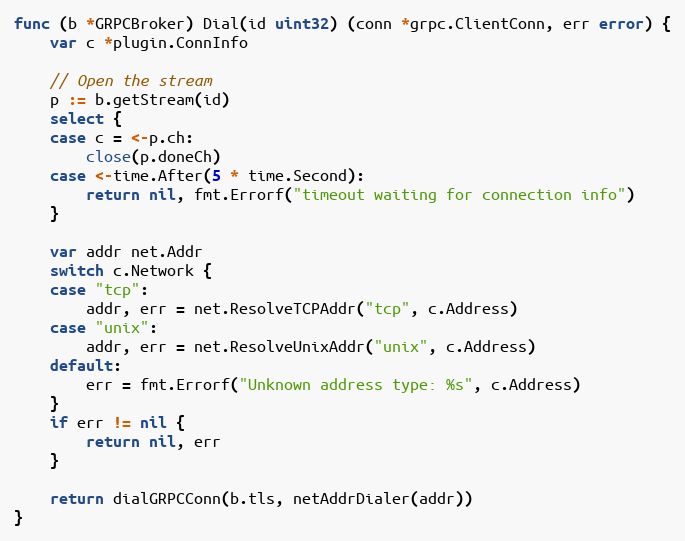
Language: Go
func (b *GRPCBroker) Dial(id uint32) (conn *grpc.ClientConn, err error) {
	var c *plugin.ConnInfo

	// Open the stream
	p := b.getStream(id)
	select {
	case c = <-p.ch:
		close(p.doneCh)
	case <-time.After(5 * time.Second):
		return nil, fmt.Errorf("timeout waiting for connection info")
	}

	var addr net.Addr
	switch c.Network {
	case "tcp":
		addr, err = net.ResolveTCPAddr("tcp", c.Address)
	case "unix":
		addr, err = net.ResolveUnixAddr("unix", c.Address)
	default:
		err = fmt.Errorf("Unknown address type: %s", c.Address)
	}
	if err != nil {
		return nil, err
	}

	return dialGRPCConn(b.tls, netAddrDialer(addr))
}